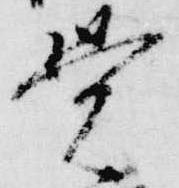
覚